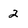
Character: 2